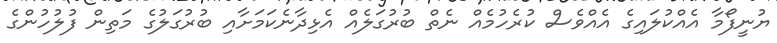
ޔުނީފޯމާ އެއްކުލައިގެ އެއްވެސް ކުރެހުމެއް ނެތް ބުރުގަލެއް އެޅިދާނެކަމަށާއި ބުރުގަލުގެ މަތިން ފުލުހުންގެ